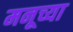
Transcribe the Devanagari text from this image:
मनूच्या